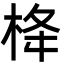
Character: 栙